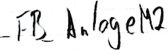
Text: -FB_Anlage M2